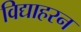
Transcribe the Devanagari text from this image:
विद्याहरन